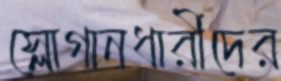
স্লোগানধারীদের